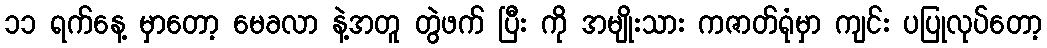
၁၁ ရက်နေ့ မှာတော့ မေခလာ နဲ့အတူ တွဲဖက် ပြီး ကို အမျိုးသား ကဇာတ်ရုံမှာ ကျင်း ပပြုလုပ်တော့